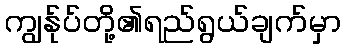
ကျွန်ုပ်တို့၏ရည်ရွယ်ချက်မှာ